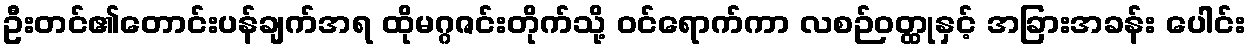
ဦးတင်၏တောင်းပန်ချက်အရ ထိုမဂ္ဂဇင်းတိုက်သို့ ဝင်ရောက်ကာ လစဉ်ဝတ္ထုနှင့် အခြားအခန်း ပေါင်း